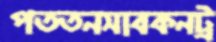
পততনসাবকনট্র